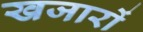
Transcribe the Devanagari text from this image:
खजारों